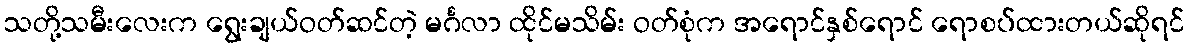
သတို့သမီးလေးက ရွေးချယ်ဝတ်ဆင်တဲ့ မင်္ဂလာ ထိုင်မသိမ်း ဝတ်စုံက အရောင်နှစ်ရောင် ရောစပ်ထားတယ်ဆိုရင်